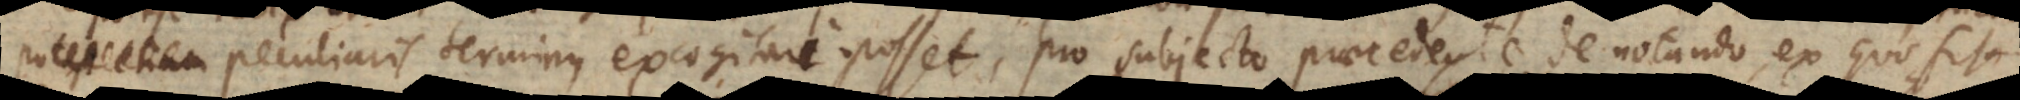
pater filii. Peculiaris terminus excogitari posset, pro subjecto praecedente denotando, ex quo fit